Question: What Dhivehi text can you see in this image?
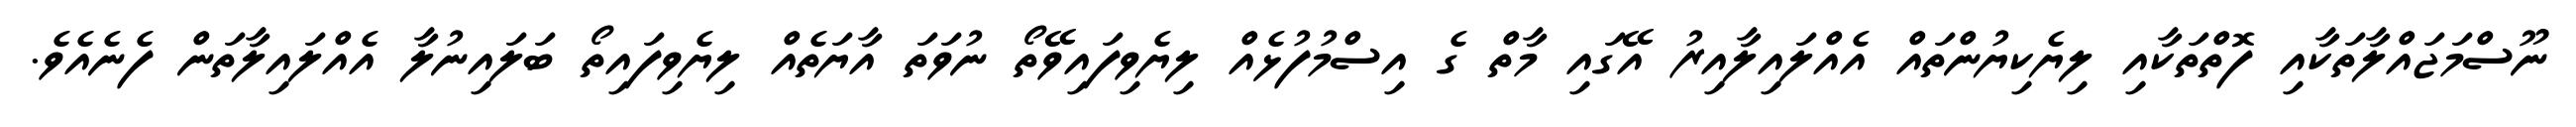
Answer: ނޫސްމަޖައްލާތަކާއި ފޮތްތަކާއި ލިޔެކިޔުންތައް އެއްލައިލާއިރު އޭގައި މާތް ގެ އިސްމުފުޅެއް ލިޔެވިފައިވޭތޯ ނުވަތަ އާޔަތެއް ލިޔެވިފައިތޯ ބަލައިނުލާ އެއްލައިލާތަން ފެނެއެވެ.